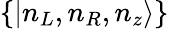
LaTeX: \{ |n_{L},n_{R},n_{z}\rangle\}